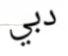
دبي